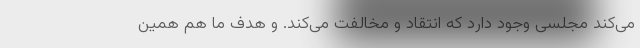
می‌کند مجلسی وجود دارد که انتقاد و مخالفت می‌کند. و هدف ما هم همین